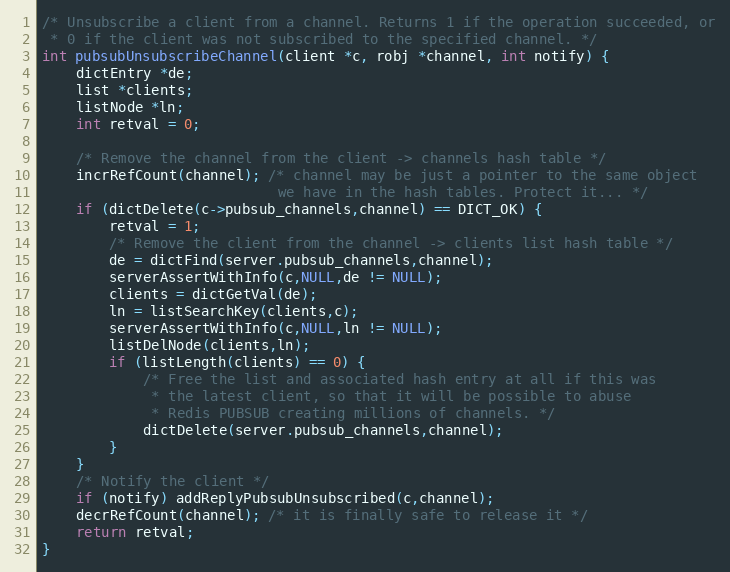
Language: C
/* Unsubscribe a client from a channel. Returns 1 if the operation succeeded, or
 * 0 if the client was not subscribed to the specified channel. */
int pubsubUnsubscribeChannel(client *c, robj *channel, int notify) {
    dictEntry *de;
    list *clients;
    listNode *ln;
    int retval = 0;

    /* Remove the channel from the client -> channels hash table */
    incrRefCount(channel); /* channel may be just a pointer to the same object
                            we have in the hash tables. Protect it... */
    if (dictDelete(c->pubsub_channels,channel) == DICT_OK) {
        retval = 1;
        /* Remove the client from the channel -> clients list hash table */
        de = dictFind(server.pubsub_channels,channel);
        serverAssertWithInfo(c,NULL,de != NULL);
        clients = dictGetVal(de);
        ln = listSearchKey(clients,c);
        serverAssertWithInfo(c,NULL,ln != NULL);
        listDelNode(clients,ln);
        if (listLength(clients) == 0) {
            /* Free the list and associated hash entry at all if this was
             * the latest client, so that it will be possible to abuse
             * Redis PUBSUB creating millions of channels. */
            dictDelete(server.pubsub_channels,channel);
        }
    }
    /* Notify the client */
    if (notify) addReplyPubsubUnsubscribed(c,channel);
    decrRefCount(channel); /* it is finally safe to release it */
    return retval;
}